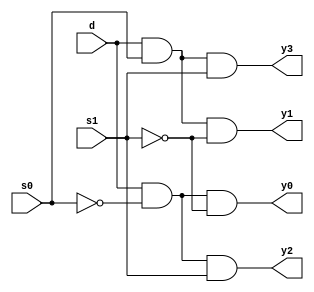
`timescale 1ns / 1ps
//////////////////////////////////////////////////////////////////////////////////
// Company: 
// Engineer: 
// 
// Design Name: 
// Module Name: demultiplexer_1to4
// Project Name: 
// Target Devices: 
// Tool Versions: 
// Description: 
// 
// Dependencies: 
// 
// Revision:
// Revision 0.01 - File Created
// Additional Comments:
// 
//////////////////////////////////////////////////////////////////////////////////


module demultiplexer_1to4(
    input d,
    input s0,
    input s1,
    output y0,
    output y1,
    output y2,
    output y3
    );
    assign s1n = ~ s1;
    assign s0n = ~ s0;
    assign y0 = d& s0n & s1n;
    assign y1 = d & s0 & s1n;
    assign y2 = d & s0n & s1;
    assign y3 = d & s0 & s1;
endmodule